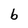
Character: b